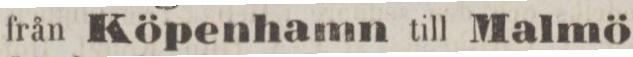
från Köpenhamn till Malmö